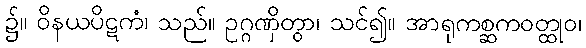
၌။ ဝိနယပိဋကံ၊ သည်။ ဥဂ္ဂဏှိတွာ၊ သင်၍။ အာရုကစ္ဆကဝတ္ထုဝ၊